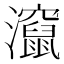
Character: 𬉬